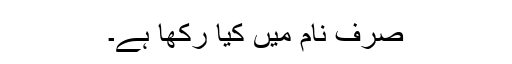
صرف نام میں کیا رکھا ہے۔